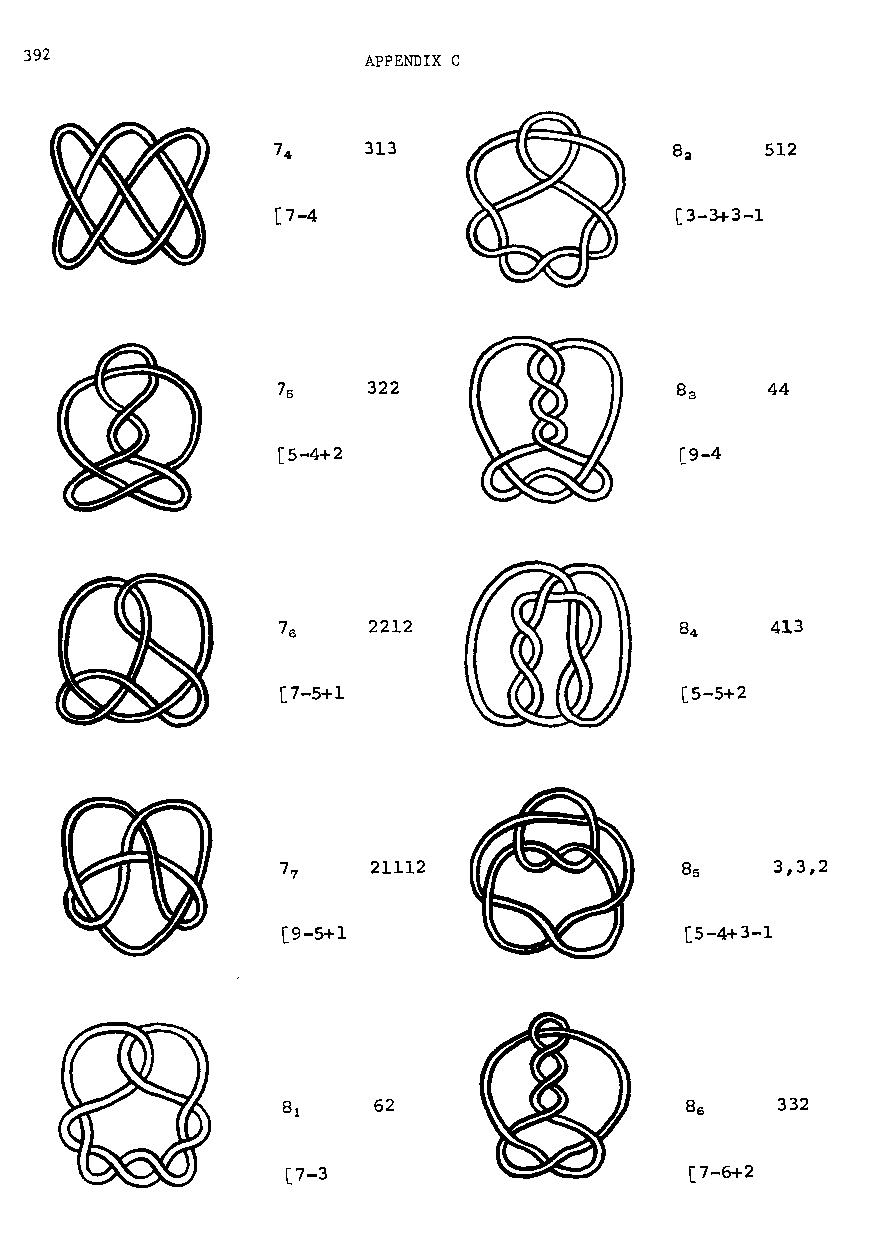
392                   APPENDIX C
 313                        512
 [7-4                       [3-3+3-1
 322                        44
 [5-4+2                     [9-4
 2212                       413
 [7-5+1                    [5-5+2
 21112               8     3,3,2
 5
 [9-5+1                    [5-4+3-1
 62                         332
 [7-3                       [7-6+2